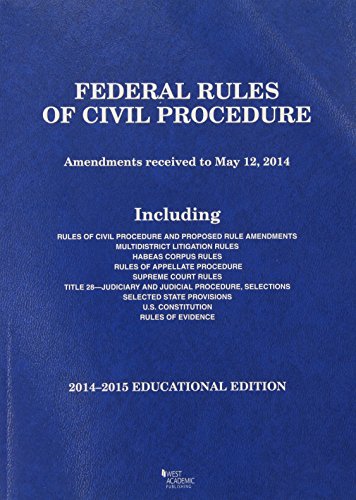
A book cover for Federal Rules of Civil Procedure, 2014-2015 Educational Edition (Selected Statutes); A. Spencer; Law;